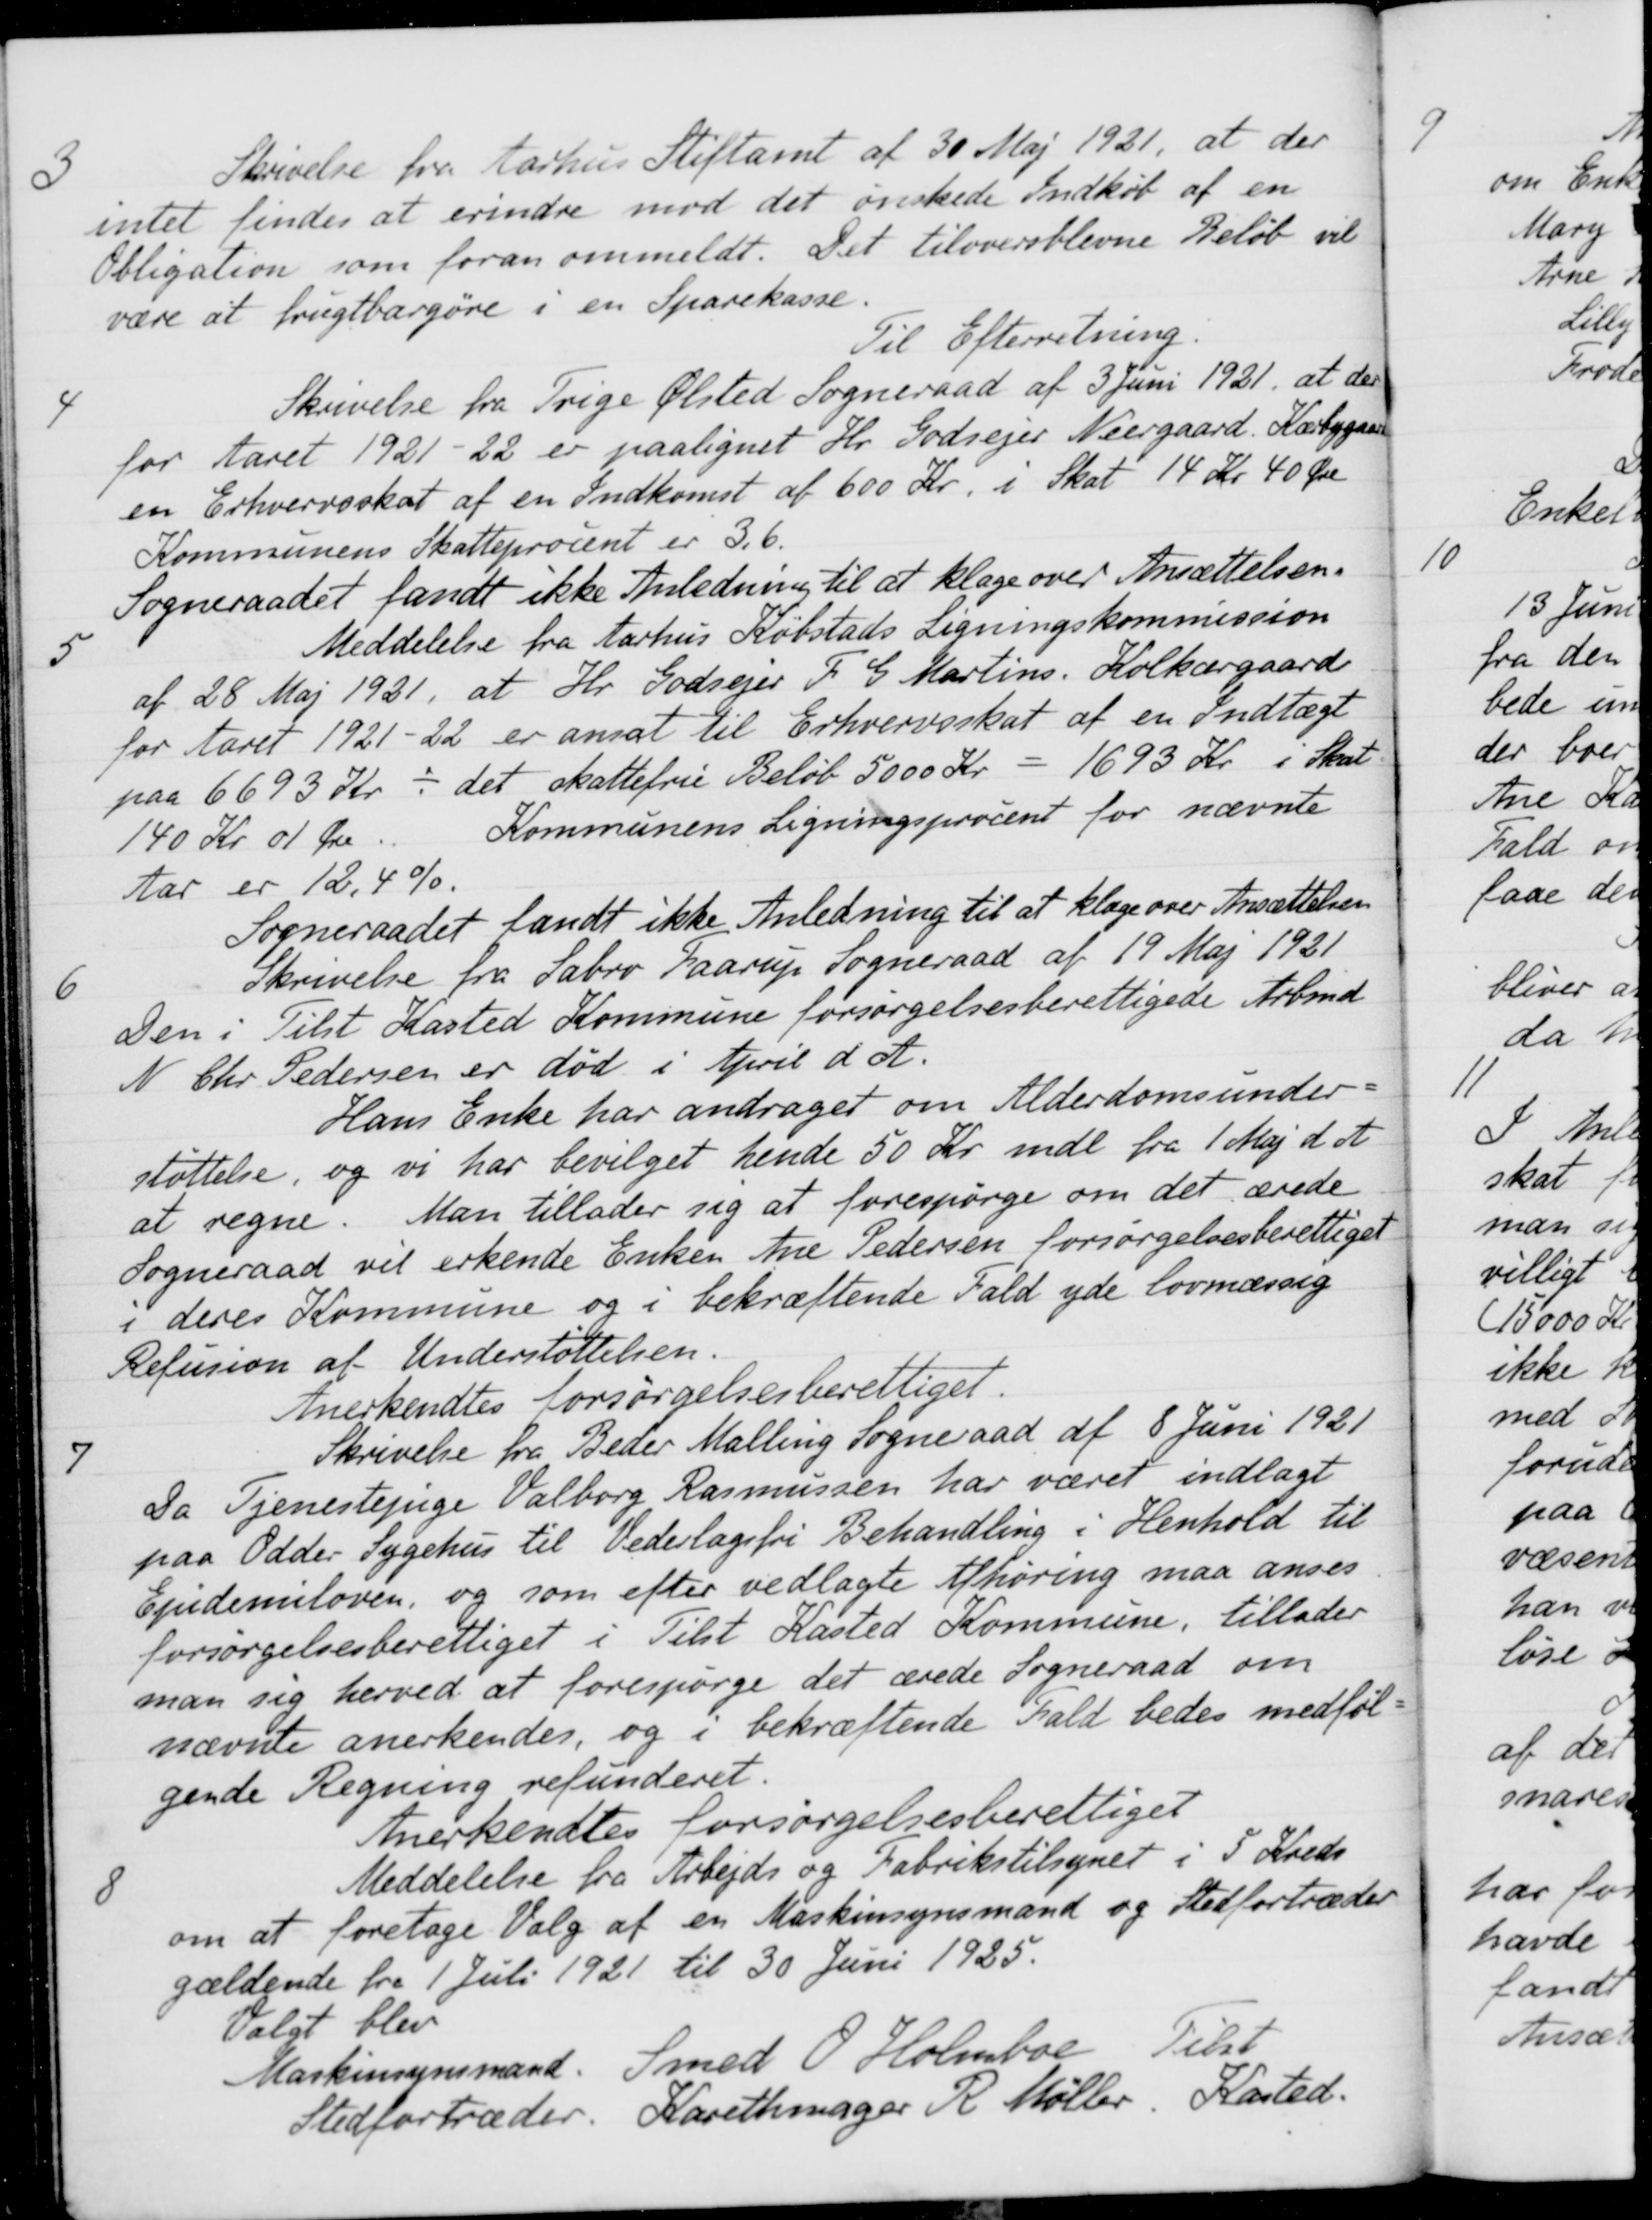
Transskription:
3
Skrivelse fra Aarhus Stiftamt af 30 Maj 1921, at der
intet findes at erindre mod det ønskede Indkøb af en
Obligation som foran ommeldt. Det tiloversblevne Beløb vil
være at frugtbargøre i en Sparekasse.
Til Efterretning.
4
Skrivelse fra Trige Ølsted Sogneraad af 3 Juni 1921, at der
for Aaret 1921-22 er paalignet Hr. Godsejer Neergaard. Kærbygaard
en Erhvervsskat af en Indkomst af 600 Kr. i Skat 14 kr 40 Øre
Kommunens Skatteprocent er 3,6.
Sogneraadet fandt ikke Anledning til at klage over Ansættelsen.
5
Meddelelse fra Aarhus Købstads Ligningskommission
af 28 Maj 1931, at Hr. Godsejer F. G. Martins Kolkærgaard
for Aaret 1921-22 er ansat til Erhvervsskat af en indtægt
paa 6693 Kr -det skattefrie Beløb 5000 Kr = 1693 Kr i Skat
140 Kr 01 Øre. Kommunens Ligningsprocent for nævnte
Aar er 12,4%.
Sogneraadet fandt ikke Anledning til at klage over Ansættelsen
6
Skrivelse fra Sabro Faarup Sogneraad af 19 Maj 1921
Den i Tilst Kasted Kommune forsørgelsesberettigede Arbmd.
N Chr Pedersen er død i April d. A.
Hans Enke har andraget om Alderdomsunder-
støttelse, og vi har bevilget hende 50 Kr. mdl fra 1 Maj d. A.
at regne. Man tillader sig at forespørge om det ærede
Sogneraad vil erkende Enken Ane Pedersen forsørgelsesberettiget
i deres Kommune og i bekræftende Fald yde lovmæssig
Refusion af Understøttelsen.
Anerkendtes forsørgelsesberettiget.
7
Skrivelse fra Beder Malling Sogneraad af 8 Juni 1921
Da Tjenestejnge Valborg Rasmussen har været indlagt
paa Odder Sygehus til Vederlagsfri Behandling i Henhold til
Epidemiloven, og som efter vedlagte Afhøring maa anses
forsørgelsesberettiget i Tilst Kasted Kommune, tillader
man sig herved at forespørge det ærede Sogneraad om
nævnte anerkendes, og i bekræftende Fald bedes medføl-
gende Regning refunderet.
Anerkendtes forsørgelsesberettiget
8
Meddelelse fra Arbejds og Fabrikstilsynet i 5 Kreds
om at foretage Valg af en Maskinsynsmand og Stedfortræder
gældende fra 1 Juli 1921 til 30 Juni 1925.
Valgt blev
Maskinsynsmand Smed O. Holmboe Tilst
Stedfortræder. Karethmager R. Møller, Kasted.